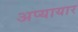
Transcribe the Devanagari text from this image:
अप्यायार